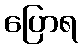
ပြောရ